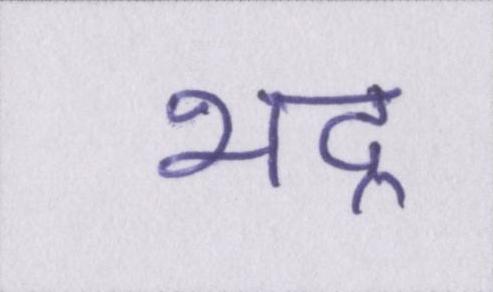
भद्र